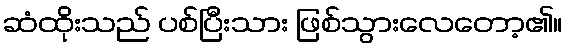
ဆံထိုးသည် ပစ်ပြီးသား ဖြစ်သွားလေတော့၏။